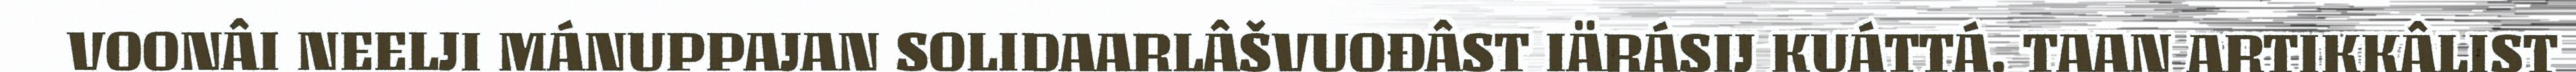
VOONÂI NEELJI MÁNUPPAJAN SOLIDAARLÂŠVUOĐÂST IÄRÁSIJ KUÁTTÁ. TAAN ARTIKKÂLIST